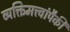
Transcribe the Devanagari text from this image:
व्यक्तिमत्त्वांपैकी